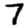
Digit: 7